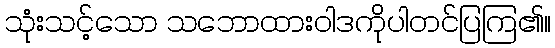
သုံးသင့်သော သဘောထားဝါဒကိုပါတင်ပြကြ၏။